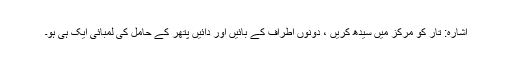
اشارہ: تار کو مرکز میں سیدھ کریں ، دونوں اطراف کے بائیں اور دائیں پتھر کے حامل کی لمبائی ایک ہی ہو۔